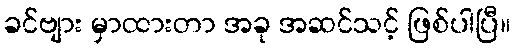
ခင်ဗျား မှာထားတာ အခု အဆင်သင့် ဖြစ်ပါပြီ။